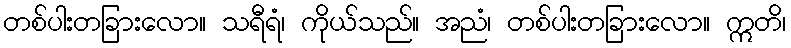
တစ်ပါးတခြားလော။ သရီရံ၊ ကိုယ်သည်။ အညံ၊ တစ်ပါးတခြားလော။ ဣတိ၊